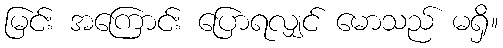
မြင်း အကြောင်း ပြောရလျှင် မောသည် မရှိ။